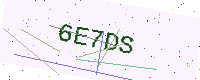
Text: 6E7DS